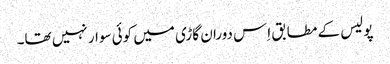
پولیس کے مطابق اِس دوران گاڑی میں کوئی سوار نہیں تھا۔